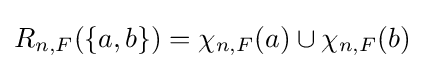
R_{n,F}(\{a,b\})=\chi _{n,F}(a)\cup \chi _{n,F}(b)